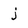
Character: j